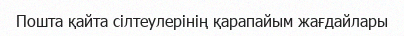
Пошта қайта сілтеулерінің қарапайым жағдайлары